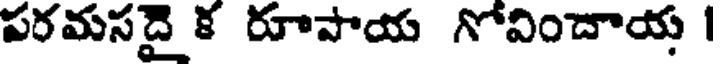
పరమసదై క రూపాయ గోవిందాయ |